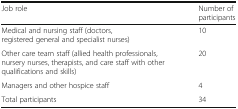
<table><thead><tr><td><b>Job role</b></td><td><b>Number of participants</b></td></tr></thead><tbody><tr><td>Medical and nursing staff (doctors, registered general and specialist nurses)</td><td>10</td></tr><tr><td>Other care team staff (allied health professionals, nursery nurses, therapists, and care staff with other qualifications and skills)</td><td>20</td></tr><tr><td>Managers and other hospice staff</td><td>4</td></tr><tr><td>Total participants</td><td>34</td></tr></tbody></table>